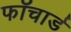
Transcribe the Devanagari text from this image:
फॉचार्ड